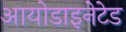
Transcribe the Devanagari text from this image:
आयोडाइनेटेड